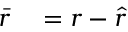
\begin{array} { r l } { \bar { r } } & { { } = r - \hat { r } } \end{array}